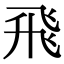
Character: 飛